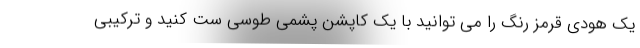
یک هودی قرمز رنگ را می توانید با یک کاپشن پشمی طوسی ست کنید و ترکیبی